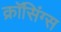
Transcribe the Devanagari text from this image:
क्रॉसिंग्स